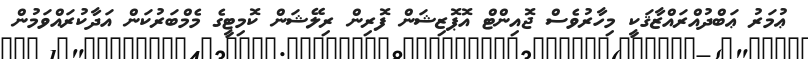
ޢުމަރު ޢަބްދުއްރައްޒާޤަކީ މިހާރުވެސް ޖޮއިންޓް އޮޕޮޒިޝަން ފޮރިން ރިލޭޝަން ކޮމިޓީގެ މެމްބަރުކަން އަދާކުރައްވަމުން